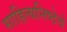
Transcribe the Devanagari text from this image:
साहित्यनिष्ठेचे